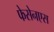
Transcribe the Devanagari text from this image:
फेसेनएस